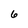
Character: 6